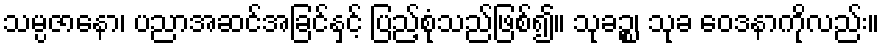
သမ္ပဇာနော၊ ပညာအဆင်အခြင်နှင့် ပြည့်စုံသည်ဖြစ်၍။ သုခဉ္စ၊ သုခ ဝေဒနာကိုလည်း။